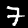
Digit: 7